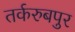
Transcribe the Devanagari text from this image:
तर्करुबपुर